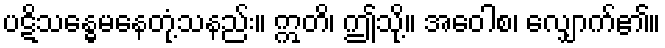
ပဋိသန္ဓေမနေတုံ့သနည်း။ ဣတိ၊ ဤသို့။ အဝေါစ၊ လျှောက်၏။